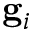
\mathbf { g } _ { i }